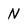
Character: N